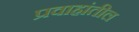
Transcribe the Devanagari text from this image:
प्रवाहांतील